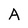
Character: A